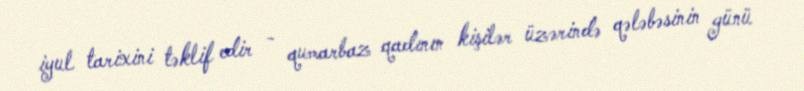
iyul tarixini təklif edir - qumarbaz qadının kişilər üzərində qələbəsinin günü